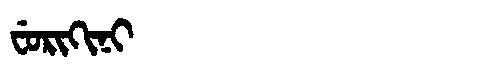
Manchu: ᠸᡠᡵᡳᡴᡳᠨᡳ
Romanization: FURIKINI